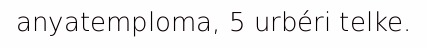
anyatemploma, 5 urbéri telke.